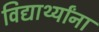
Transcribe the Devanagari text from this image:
विद्यार्थ्‍यांना